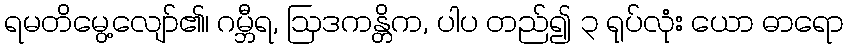
ရမတိမွေ့လျော်၏၊ ဂမ္ဘီရ, ဩဒကန္တိက, ပါပ တည်၍ ၃ ရုပ်လုံး ယော ဓာရော